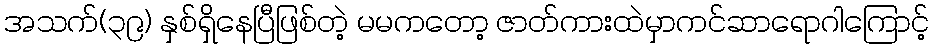
အသက်(၃၉) နှစ်ရှိနေပြီဖြစ်တဲ့ မမကတော့ ဇာတ်ကားထဲမှာကင်ဆာရောဂါကြောင့်